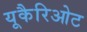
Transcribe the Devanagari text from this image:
यूकैरिओट